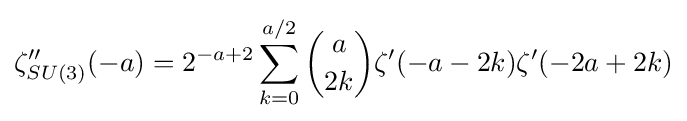
\zeta _{SU(3)}''(-a)=2^{-a+2}\sum _{k=0}^{a/2}{a \choose 2k}\zeta '(-a-2k)\zeta '(-2a+2k)